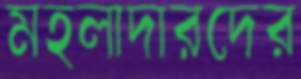
মহলাদারদের